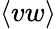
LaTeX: \langle vw\rangle